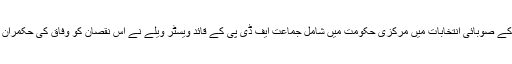
جرمن صوبے نارتھ رائن ويسٹ فيليا کے صوبائی انتخابات ميں مرکزی حکومت ميں شامل جماعت ايف ڈی پی کے قائد ويسٹر ويلے نے اس نقصان کو وفاق کی حکمران جماعتوں کے لئے ايک انتباہ قرار ديا۔